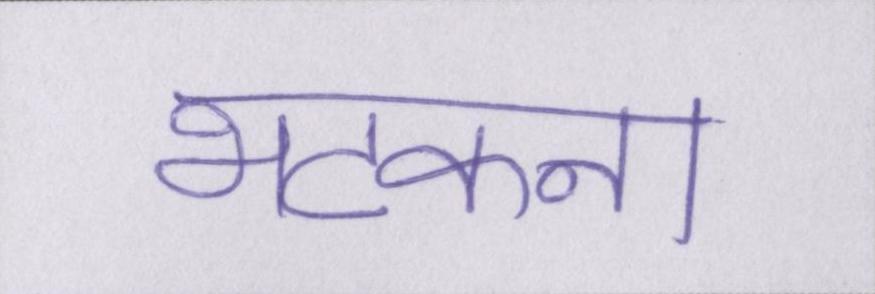
भटकना